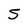
Character: 5